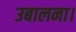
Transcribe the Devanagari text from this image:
उबालना।